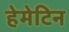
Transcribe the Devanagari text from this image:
हेमेटिन